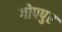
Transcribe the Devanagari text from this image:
गोपपुर